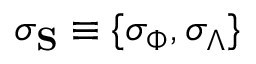
\boldsymbol { \sigma } _ { \mathbf { S } } \equiv \{ \sigma _ { \Phi } , \sigma _ { \Lambda } \}